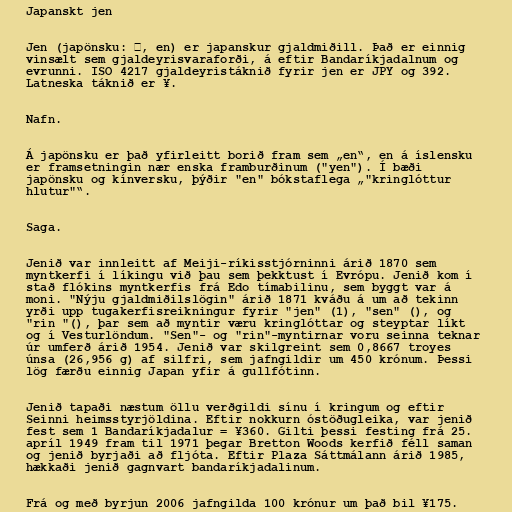
Japanskt jen

Jen (japönsku: 円, en) er japanskur gjaldmiðill. Það er einnig
vinsælt sem gjaldeyrisvaraforði, á eftir Bandaríkjadalnum og
evrunni. ISO 4217 gjaldeyristáknið fyrir jen er JPY og 392.
Latneska táknið er ¥.

Nafn.

Á japönsku er það yfirleitt borið fram sem „en“, en á íslensku
er framsetningin nær enska framburðinum ("yen"). Í bæði
japönsku og kínversku, þýðir "en" bókstaflega „"kringlóttur
hlutur"“.

Saga.

Jenið var innleitt af Meiji-ríkisstjórninni árið 1870 sem
myntkerfi í líkingu við þau sem þekktust í Evrópu. Jenið kom í
stað flókins myntkerfis frá Edo tímabilinu, sem byggt var á
moni. "Nýju gjaldmiðilslögin" árið 1871 kváðu á um að tekinn
yrði upp tugakerfisreikningur fyrir "jen" (1), "sen" (), og
"rin "(), þar sem að myntir væru kringlóttar og steyptar líkt
og í Vesturlöndum. "Sen"- og "rin"-myntirnar voru seinna teknar
úr umferð árið 1954. Jenið var skilgreint sem 0,8667 troyes
únsa (26,956 g) af silfri, sem jafngildir um 450 krónum. Þessi
lög færðu einnig Japan yfir á gullfótinn.

Jenið tapaði næstum öllu verðgildi sínu í kringum og eftir
Seinni heimsstyrjöldina. Eftir nokkurn óstöðugleika, var jenið
fest sem 1 Bandaríkjadalur = ¥360. Gilti þessi festing frá 25.
apríl 1949 fram til 1971 þegar Bretton Woods kerfið féll saman
og jenið byrjaði að fljóta. Eftir Plaza Sáttmálann árið 1985,
hækkaði jenið gagnvart bandaríkjadalinum.

Frá og með byrjun 2006 jafngilda 100 krónur um það bil ¥175.